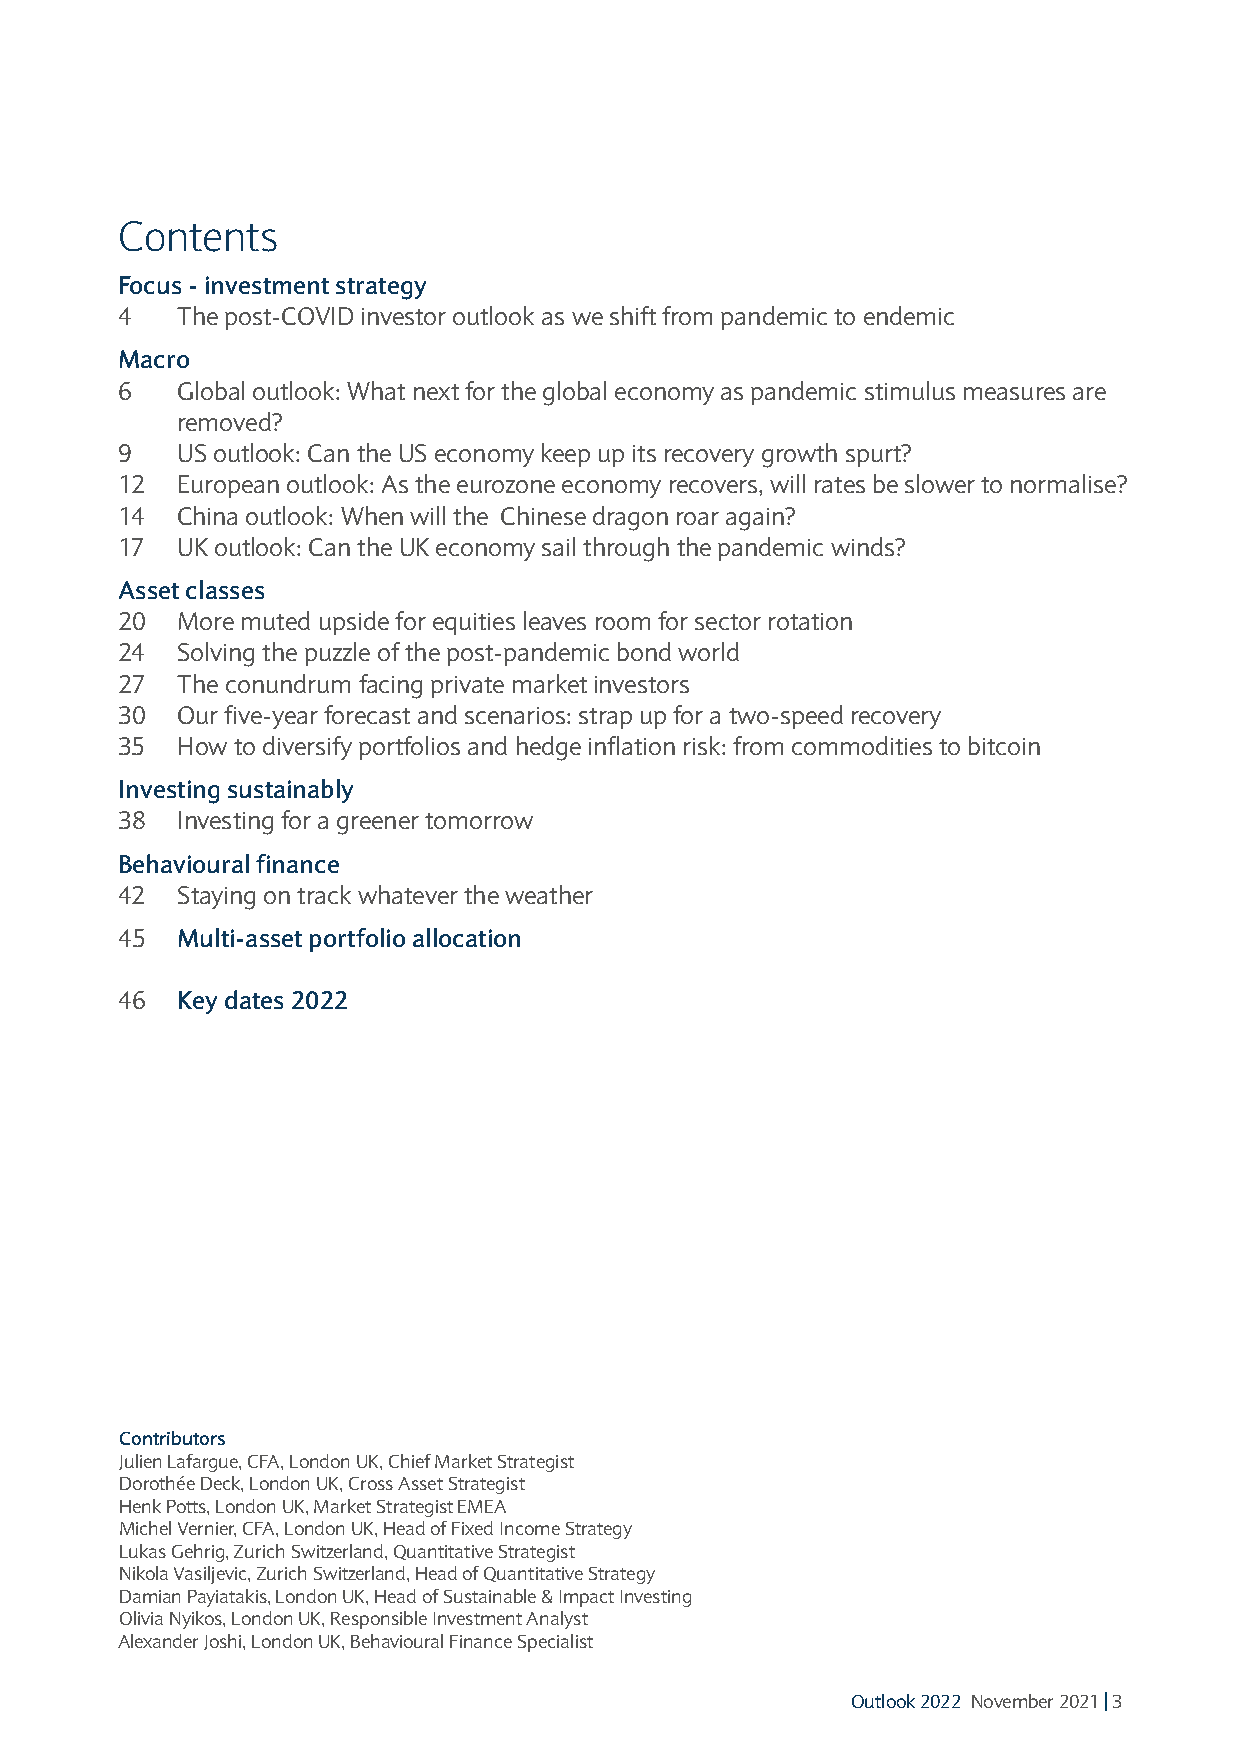
Contents
 Focus - investment strategy
 4   The post-COVID investor outlook as we shift from pandemic to endemic
 Macro
 6   Global outlook: What next for the global economy as pandemic stimulus measures are
 removed?
 9   US outlook: Can the US economy keep up its recovery growth spurt?
 12  European outlook: As the eurozone economy recovers, will rates be slower to normalise?
 14  China outlook: When will the Chinese dragon roar again?
 17  UK outlook: Can the UK economy sail through the pandemic winds?
 Asset classes
 20  More muted upside for equities leaves room for sector rotation
 24  Solving the puzzle of the post-pandemic bond world
 27  The conundrum facing private market investors
 30  Our five-year forecast and scenarios: strap up for a two-speed recovery
 35  How to diversify portfolios and hedge inflation risk: from commodities to bitcoin
 Investing sustainably
 38  Investing for a greener tomorrow
 Behavioural finance
 42  Staying on track whatever the weather
 45  Multi-asset portfolio allocation
 46  Key dates 2022
 Contributors
 Julien Lafargue, CFA, London UK, Chief Market Strategist
 Dorothée Deck, London UK, Cross Asset Strategist
 Henk Potts, London UK, Market Strategist EMEA
 Michel Vernier, CFA, London UK, Head of Fixed Income Strategy
 Lukas Gehrig, Zurich Switzerland, Quantitative Strategist
 Nikola Vasiljevic, Zurich Switzerland, Head of Quantitative Strategy
 Damian Payiatakis, London UK, Head of Sustainable & Impact Investing
 Olivia Nyikos, London UK, Responsible Investment Analyst
 Alexander Joshi, London UK, Behavioural Finance Specialist
 Outlook 2022 November 2021 | 3